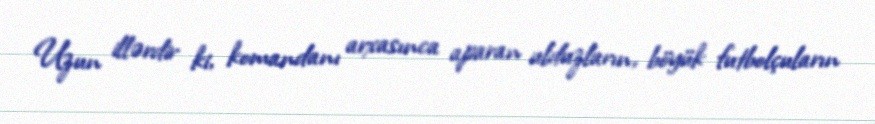
Uzun illərdir ki, komandanı arxasınca aparan ulduzların, böyük futbolçuların